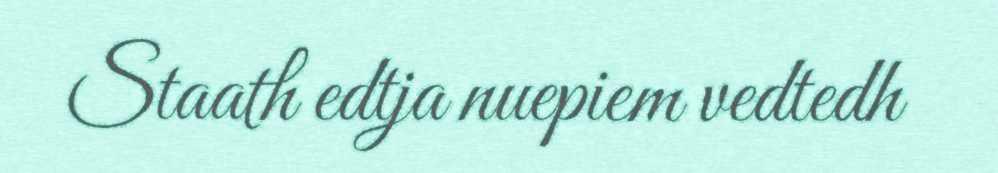
Staath edtja nuepiem vedtedh